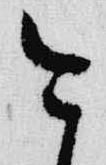
今